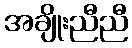
အချိုးညီညီ